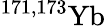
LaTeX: {}^{171,173}\mathrm{Yb}